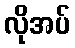
လိုအပ်